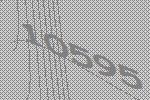
10595